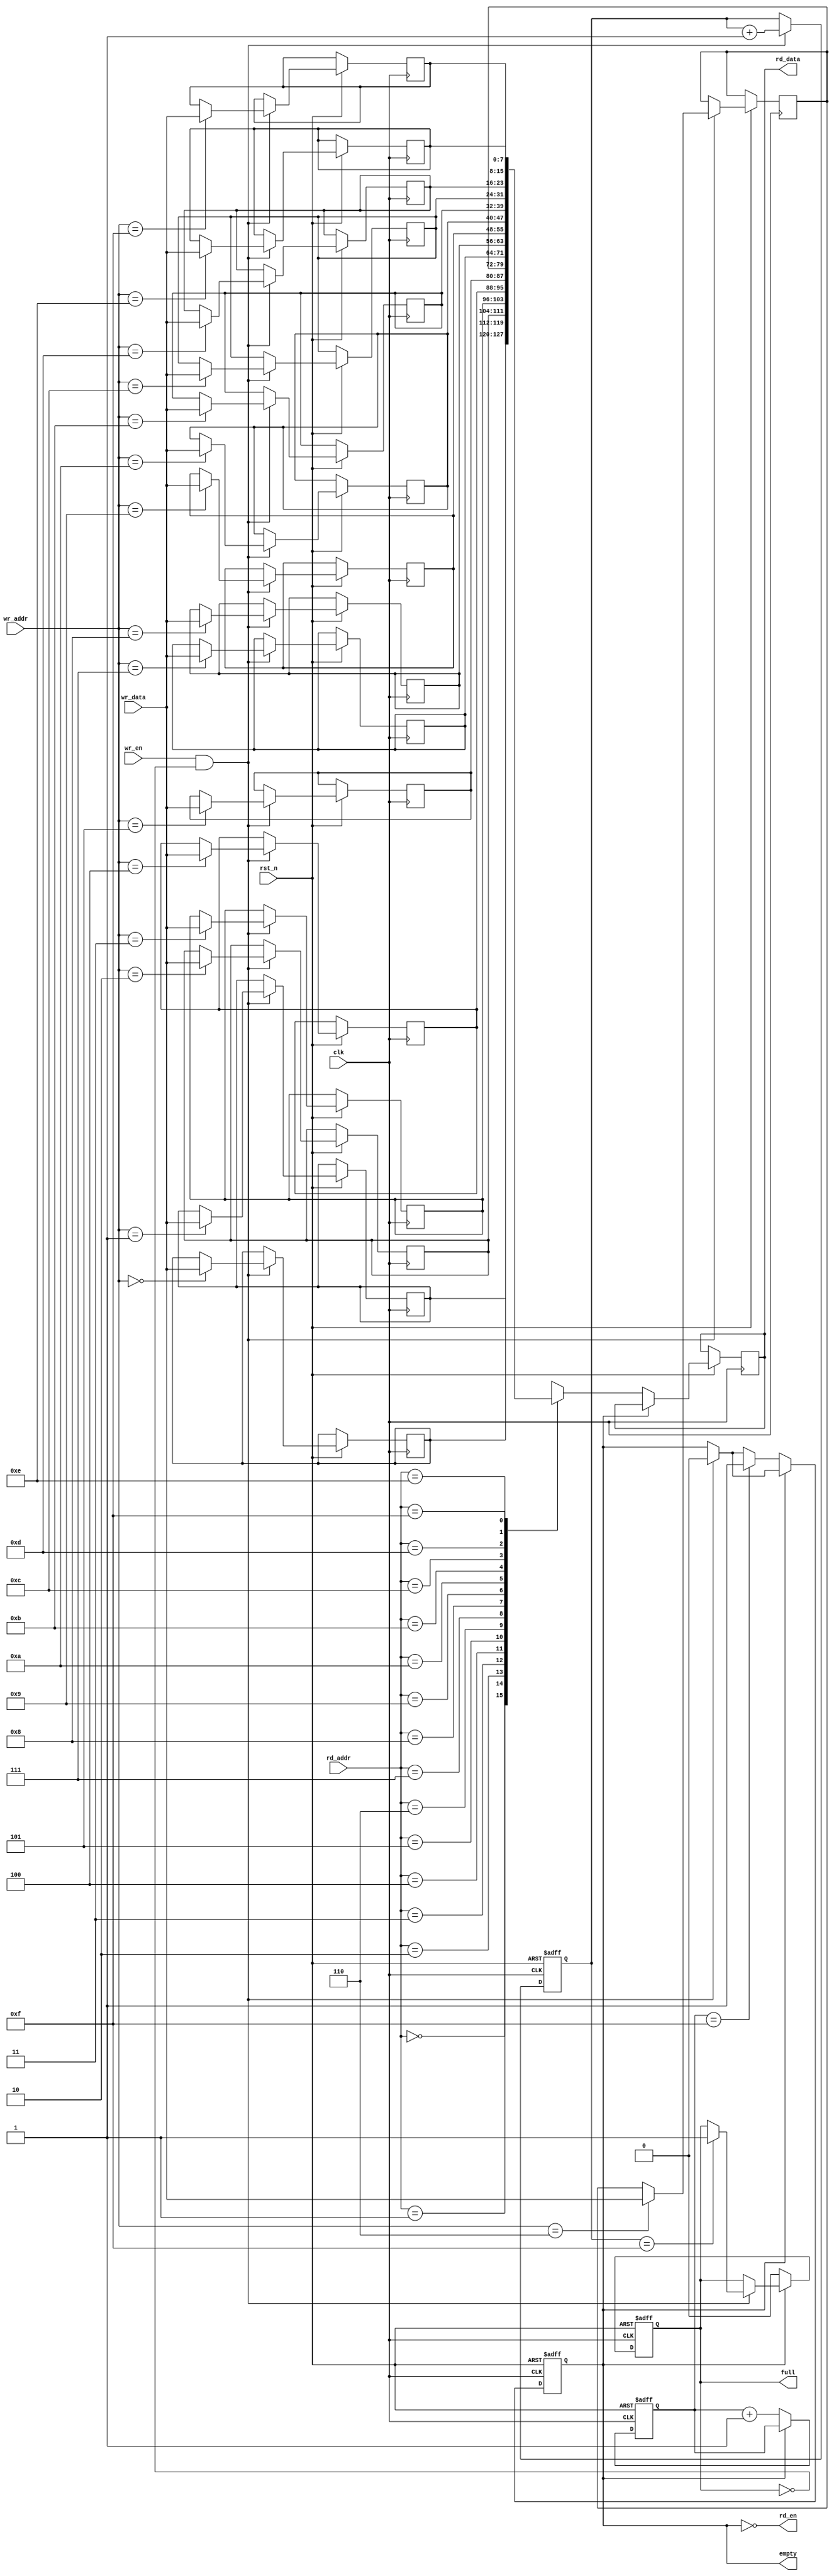
module fifo #(
  parameter DATA_WIDTH = 8, // width of data bus
  parameter ADDR_WIDTH = 4 // width of address bus
)(
  input wire clk, // clock signal
  input wire rst_n, // reset signal
  input wire wr_en, // write enable signal
  input wire [DATA_WIDTH-1:0] wr_data, // data to be written
  output reg rd_en, // read enable signal
  output reg [DATA_WIDTH-1:0] rd_data, // data read from FIFO
  input wire [ADDR_WIDTH-1:0] wr_addr, // write address
  input wire [ADDR_WIDTH-1:0] rd_addr, // read address
  output reg full, // FIFO full signal
  output reg empty // FIFO empty signal
);

reg [DATA_WIDTH-1:0] memory [0:2**ADDR_WIDTH-1];
reg [ADDR_WIDTH-1:0] wr_ptr;
reg [ADDR_WIDTH-1:0] rd_ptr;

always @(posedge clk or negedge rst_n) begin
  if (~rst_n) begin
    wr_ptr <= 0;
    rd_ptr <= 0;
    full <= 0;
    empty <= 1;
  end else begin
    if (wr_en && ~full) begin
      memory[wr_addr] <= wr_data;
      wr_ptr <= wr_ptr + 1;
      if (wr_ptr == 2**ADDR_WIDTH-1) full <= 1;
      empty <= 0;
    end
    if (rd_en && ~empty) begin
      rd_data <= memory[rd_addr];
      rd_ptr <= rd_ptr + 1;
      if (rd_ptr == 2**ADDR_WIDTH-1) empty <= 1;
      full <= 0;
    end
  end
end

assign rd_en = ~empty;
  
endmodule